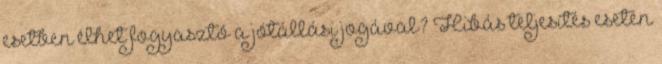
esetben élhet fogyasztó a jótállási jogával? Hibás teljesítés esetén